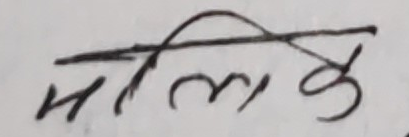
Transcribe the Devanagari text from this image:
मलिके